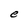
Character: e